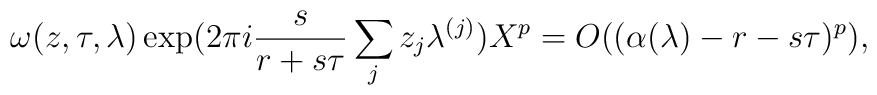
\omega(z,\tau,\lambda)\exp(2\pi i\frac s{r+s\tau}\sum_jz_j\lambda^{(j)})X^p=O((\alpha(\lambda)-r-s\tau)^p),